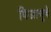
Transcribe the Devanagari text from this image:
विजाणूचे